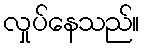
လှုပ်နေသည်။